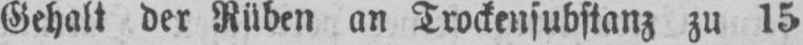
Gehalt der Rüben an Trockensubstanz zu 15